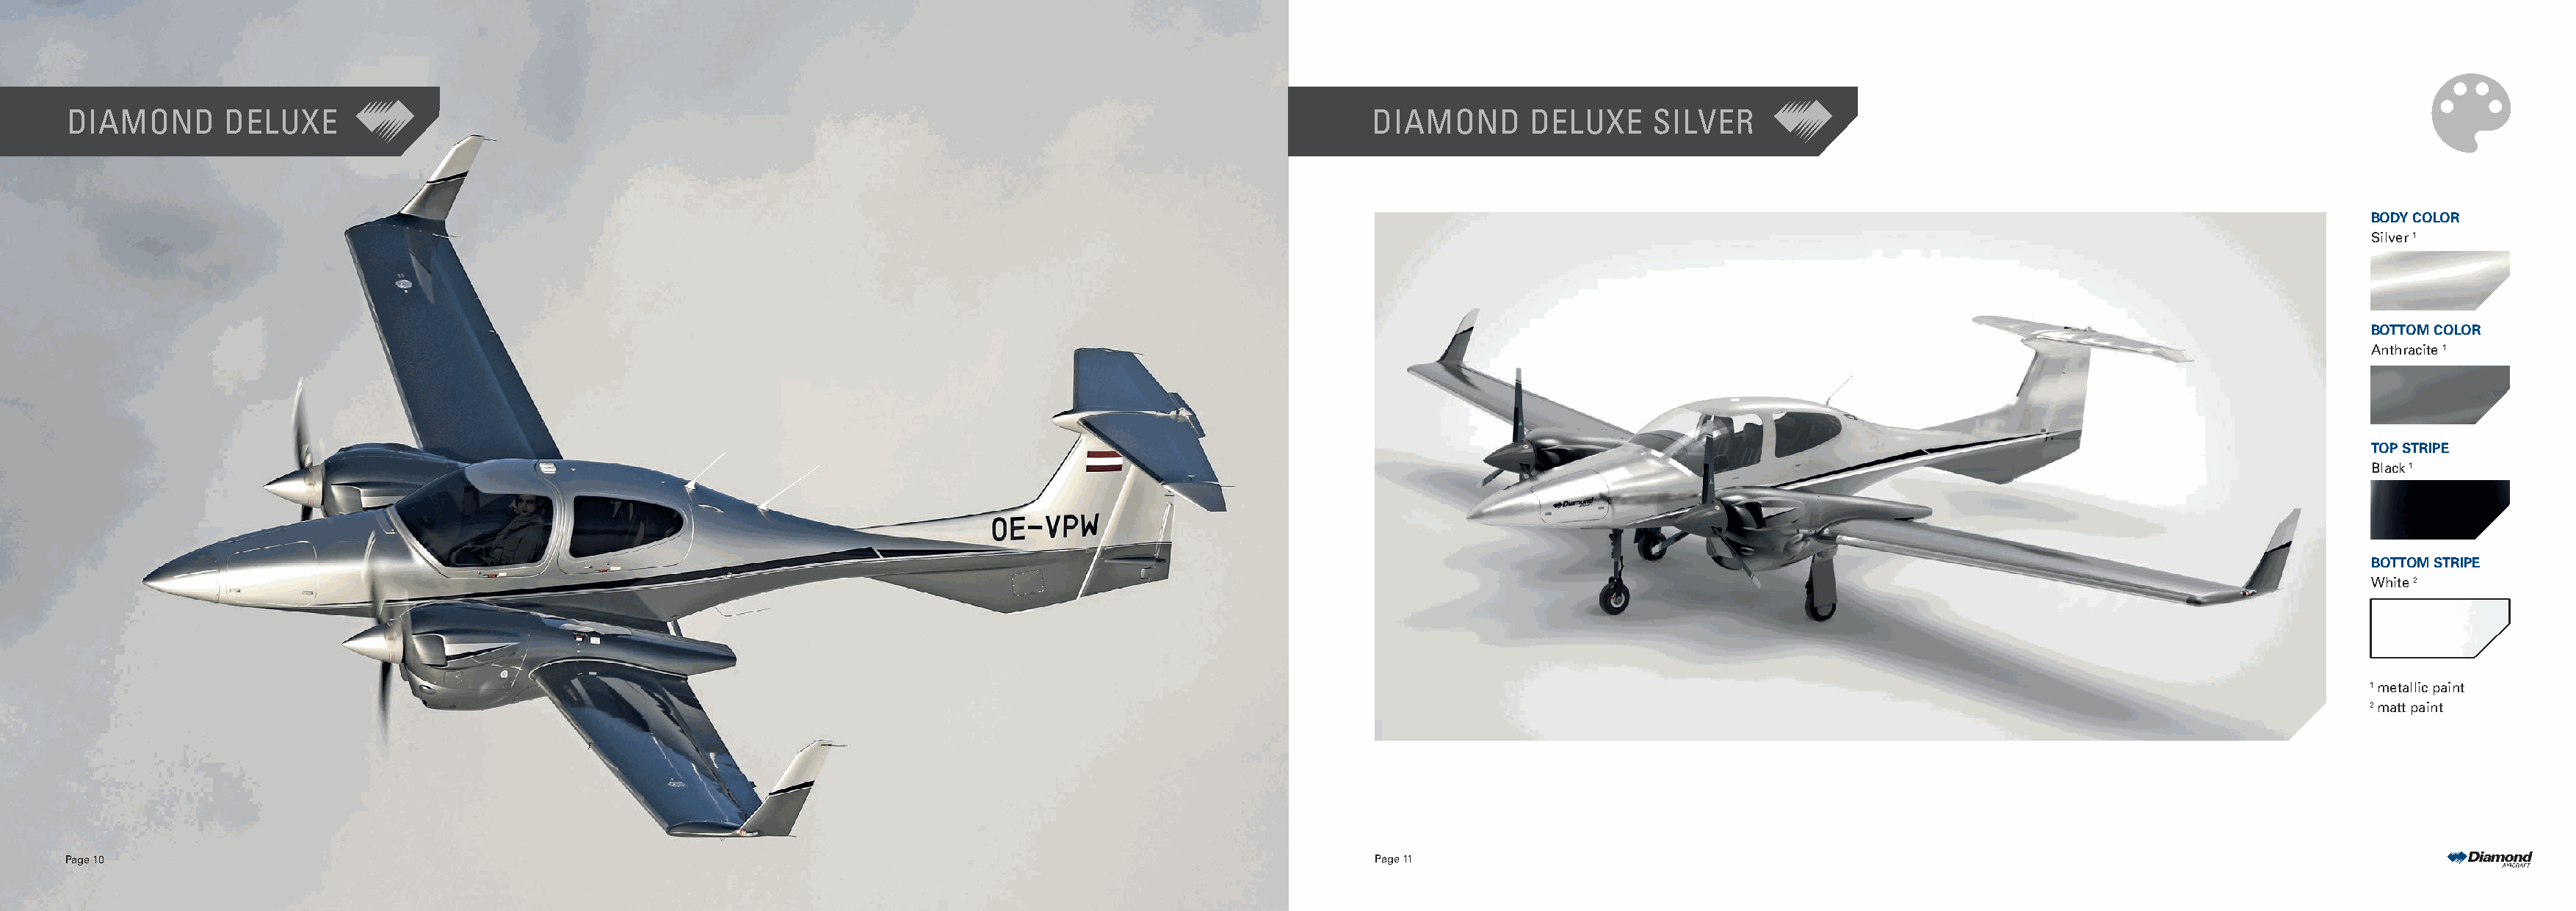
DIAMOND       DELUXE                                                                                                  DIAMOND       DELUXE     SILVER
 BODY COLOR
 Silver 1
 BOTTOM COLOR
 Anthracite 1
 TOP STRIPE
 Black 1
 BOTTOM STRIPE
 White 2
 1 metallic paint
 2 matt paint
 Page 10                                                                                                               Page 11